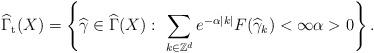
LaTeX: \begin{align*}\widehat{\Gamma }_{\mathrm{t}}(X)=\left\{ \widehat{\gamma }\in \widehat{\Gamma }(X):\ \sum_{k\in \mathbb{Z}^{d}}e^{-\alpha \left\vert k\right\vert}F(\widehat{\gamma }_{k})<\infty \alpha >0\right\} .\end{align*}